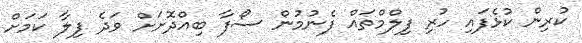
ކުރިން ކުޅެފައި ހުރި ފިލްމްތައް ފެނުމުން ސޯފާ ބިއްދޮށަށް ވަދެ ފިލާ ކަމަށް